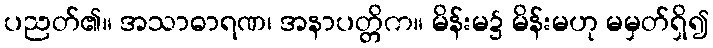
ပညတ်၏။ အသာဓာရဏ၊ အနာပတ္တိက။ မိန်းမ၌ မိန်းမဟု မမှတ်ရှိ၍